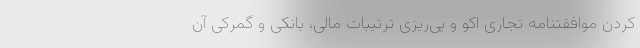
کردن موافقتنامه تجاری اکو و پی‌ریزی ترتیبات مالی، بانکی و گمرکی آن